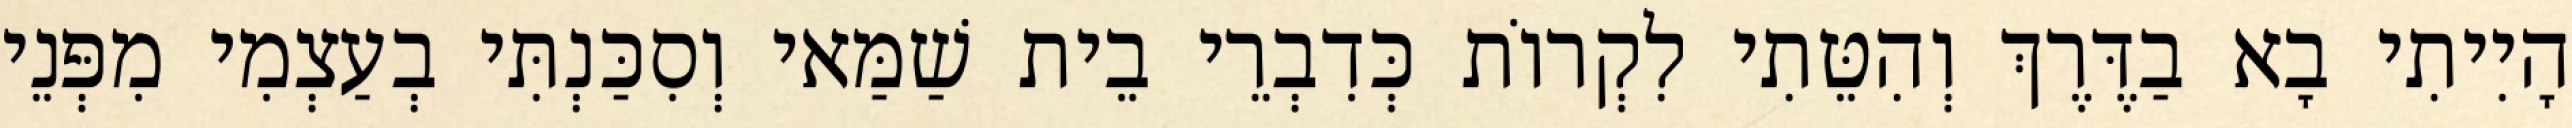
הָיִיתִי בָא בַדֶּרֶךְ וְהִטֵּתִי לִקְרוֹת כְּדִבְרֵי בֵית שַׁמַּאי וְסִכַּנְתִּי בְעַצְמִי מִפְּנֵי